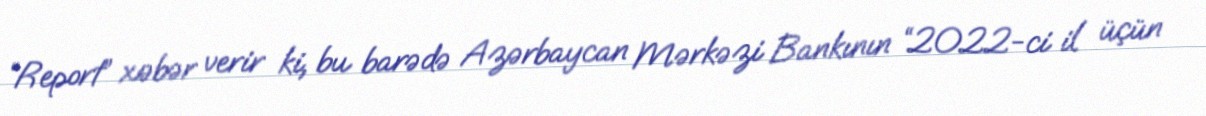
“Report” xəbər verir ki, bu barədə Azərbaycan Mərkəzi Bankının “2022-ci il üçün